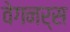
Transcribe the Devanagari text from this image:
वेगनर्स